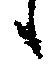
候